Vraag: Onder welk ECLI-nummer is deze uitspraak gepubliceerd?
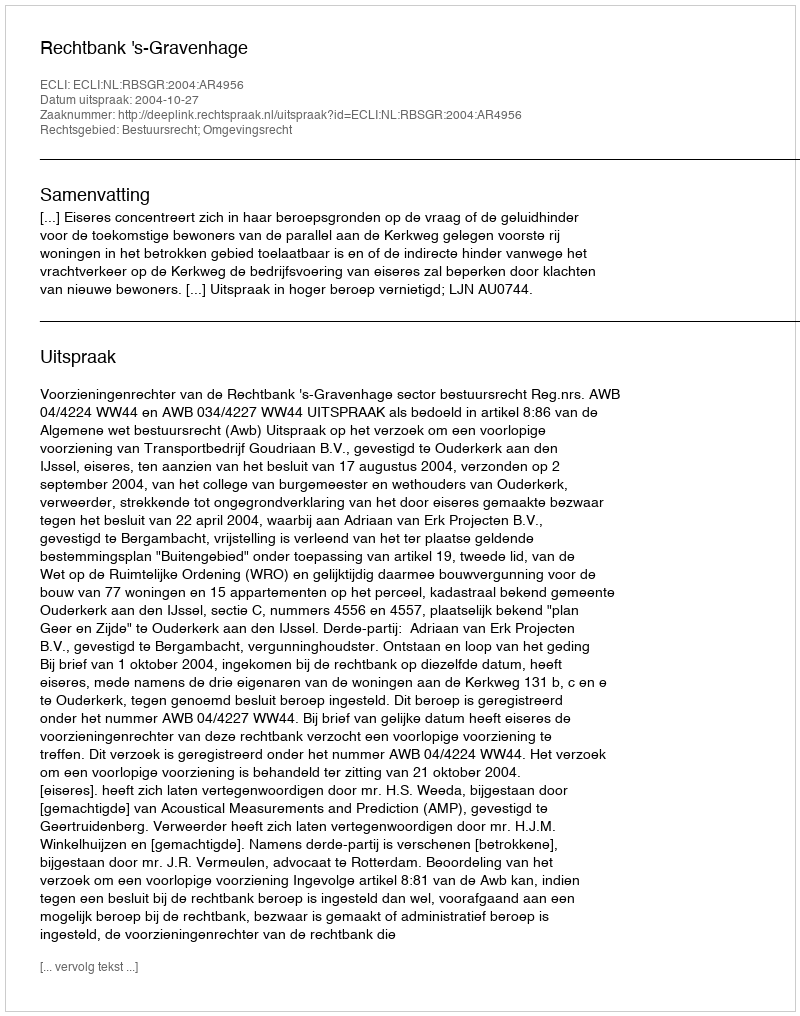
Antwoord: ECLI:NL:RBSGR:2004:AR4956